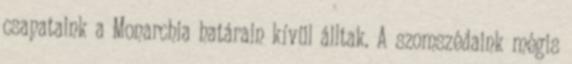
csapataink a Monarchia hatá­rain kívül álltak. A szomszédaink mégis